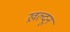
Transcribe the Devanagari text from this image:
ख़ल्दून